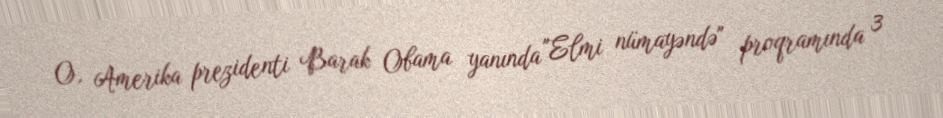
O, Amerika prezidenti Barak Obama yanında "Elmi nümayəndə" proqramında 3